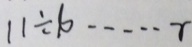
1 1 \div 1 0 \cdots r